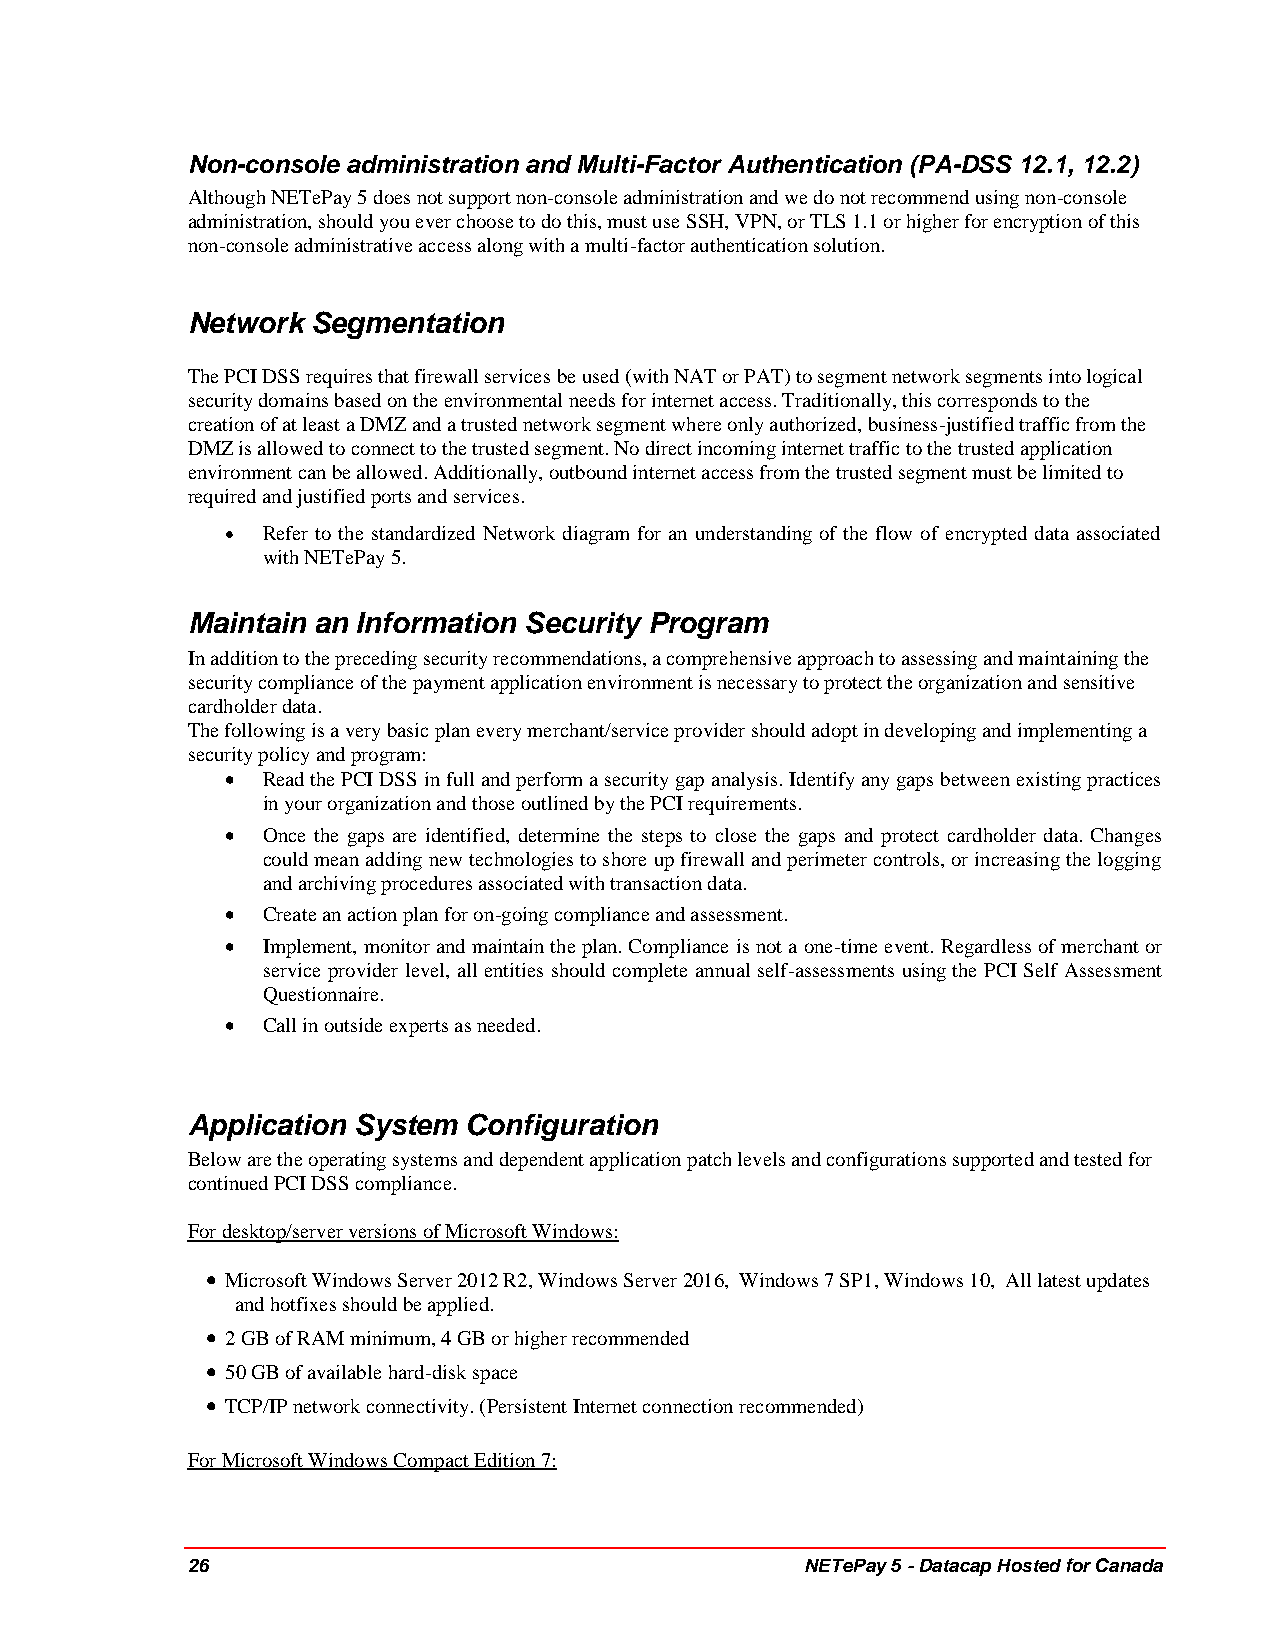
Non-console administration and Multi-Factor Authentication (PA-DSS 12.1, 12.2)
 Although NETePay 5 does not support non-console administration and we do not recommend using non-console
 administration, should you ever choose to do this, must use SSH, VPN, or TLS 1.1 or higher for encryption of this
 non-console administrative access along with a multi-factor authentication solution.
 Network  Segmentation
 The PCI DSS requires that firewall services be used (with NAT or PAT) to segment network segments into logical
 security domains based on the environmental needs for internet access. Traditionally, this corresponds to the
 creation of at least a DMZ and a trusted network segment where only authorized, business-justified traffic from the
 DMZ is allowed to connect to the trusted segment. No direct incoming internet traffic to the trusted application
 environment can be allowed. Additionally, outbound internet access from the trusted segment must be limited to
 required and justified ports and services.
  Refer to the standardized Network diagram for an understanding of the flow of encrypted data associated
 with NETePay 5.
 Maintain an Information Security Program
 In addition to the preceding security recommendations, a comprehensive approach to assessing and maintaining the
 security compliance of the payment application environment is necessary to protect the organization and sensitive
 cardholder data.
 The following is a very basic plan every merchant/service provider should adopt in developing and implementing a
 security policy and program:
  Read the PCI DSS in full and perform a security gap analysis. Identify any gaps between existing practices
 in your organization and those outlined by the PCI requirements.
  Once the gaps are identified, determine the steps to close the gaps and protect cardholder data. Changes
 could mean adding new technologies to shore up firewall and perimeter controls, or increasing the logging
 and archiving procedures associated with transaction data.
  Create an action plan for on-going compliance and assessment.
  Implement, monitor and maintain the plan. Compliance is not a one-time event. Regardless of merchant or
 service provider level, all entities should complete annual self-assessments using the PCI Self Assessment
 Questionnaire.
  Call in outside experts as needed.
 Application System Configuration
 Below are the operating systems and dependent application patch levels and configurations supported and tested for
 continued PCI DSS compliance.
 For desktop/server versions of Microsoft Windows:
  Microsoft Windows Server 2012 R2, Windows Server 2016, Windows 7 SP1, Windows 10, All latest updates
 and hotfixes should be applied.
  2 GB of RAM minimum, 4 GB or higher recommended
  50 GB of available hard-disk space
  TCP/IP network connectivity. (Persistent Internet connection recommended)
 For Microsoft Windows Compact Edition 7:
 26                                       NETePay 5 - Datacap Hosted for Canada